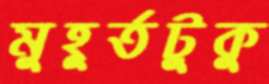
মুহূর্তটুকু